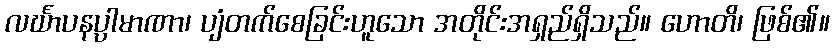
လင်္ဃာပနပ္ပာမာဏာ၊ ပျံတက်စေခြင်းဟူသော အတိုင်းအရှည်ရှိသည်။ ဟောတိ၊ ဖြစ်၏။